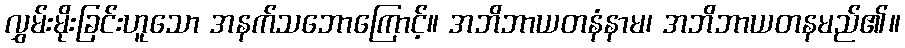
လွှမ်းမိုးခြင်းဟူသော အနက်သဘောကြောင့်။ အဘိဘာယတနံနာမ၊ အဘိဘာယတနမည်၏။